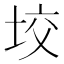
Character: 𡋟